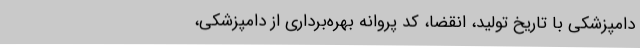
دامپزشکی با تاریخ تولید، انقضا، کد پروانه بهره‌برداری از دامپزشکی،